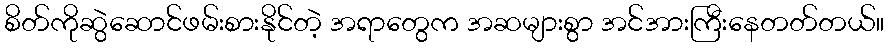
စိတ်ကိုဆွဲဆောင်ဖမ်းစားနိုင်တဲ့ အရာတွေက အဆများစွာ အင်အားကြီးနေတတ်တယ်။